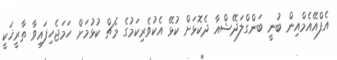
އެފްއޭއެމްއިން ބުނީ ބަންގްލަދޭޝްއާ ދެކޮޅަށް ކުޅޭ އެކުވެރިކަމުގެ މެޗް ކުޅުމަށް ހަމަޖެހިފައިވާ ތާރީޚަކީ